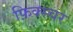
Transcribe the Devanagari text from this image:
फ़िक्स्चर